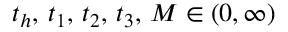
t _ { h } , \, t _ { 1 } , \, t _ { 2 } , \, t _ { 3 } , \, M \in ( 0 , \infty )